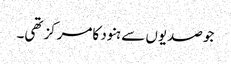
جوصدیوں سے ہنود کامرکزتھی۔